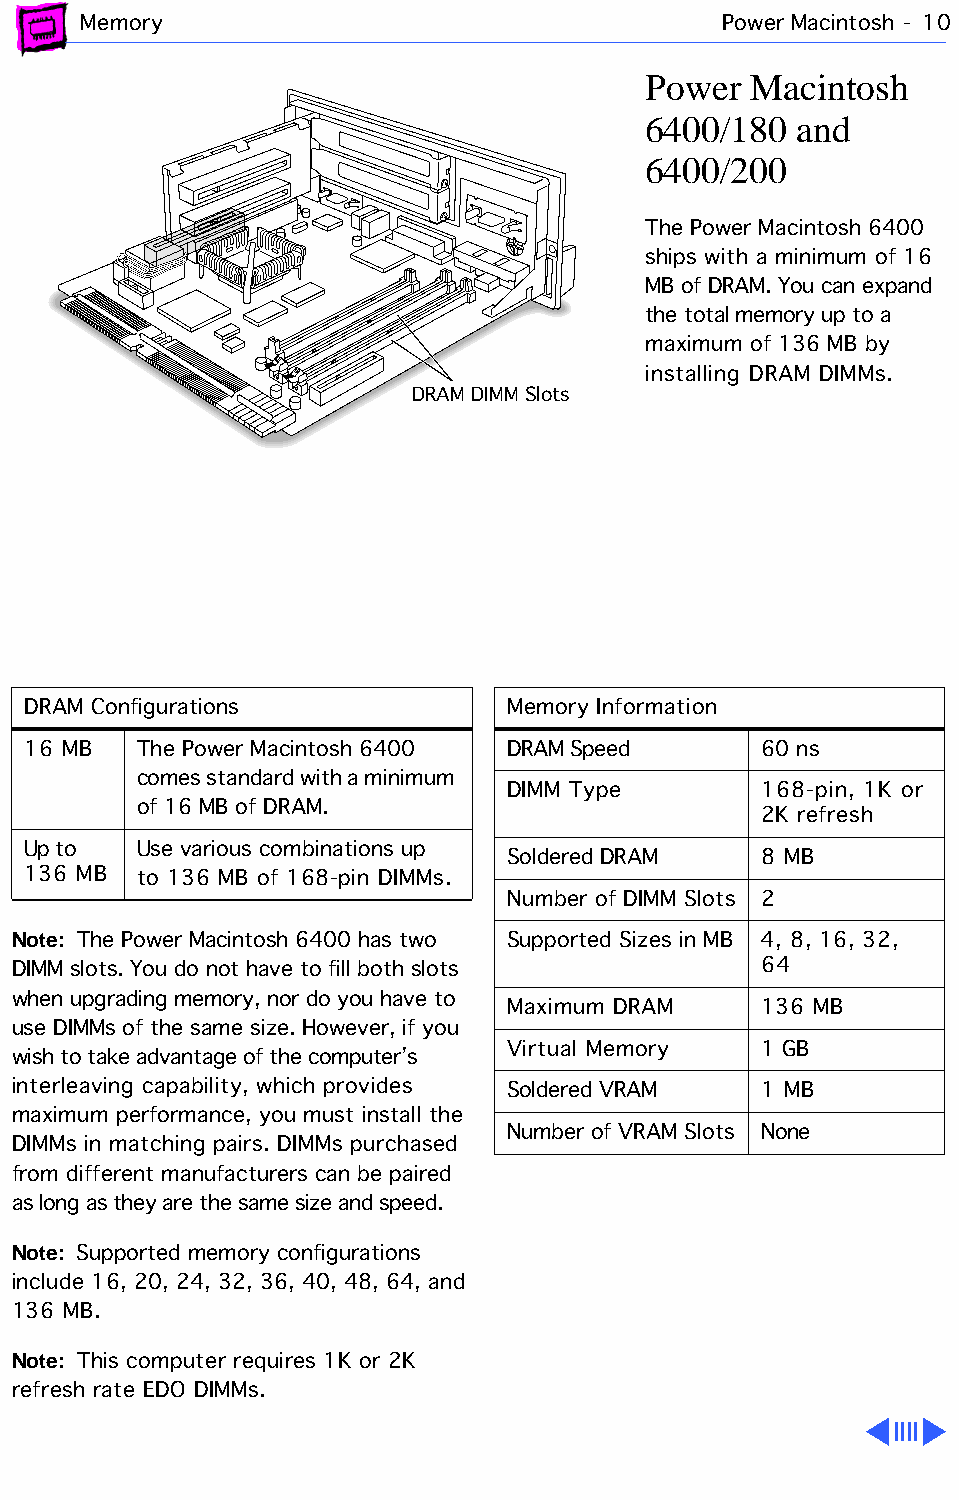
Memory                                    Power Macintosh - 10
 Power  Macintosh
 6400/180  and
 6400/200
 The Power Macintosh 6400
 ships with a minimum of 16
 MB of DRAM. You can expand
 the total memory up to a
 maximum of 136 MB by
 installing DRAM DIMMs.
 DRAM DIMM Slots
 DRAM Configurations             Memory Information
 16 MB   The Power Macintosh 6400 DRAM Speed      60 ns
 comes standard with a minimum
 DIMM Type        168-pin, 1K or
 of 16 MB of DRAM.
 2K refresh
 Up to   Use various combinations up
 Soldered DRAM    8 MB
 136 MB  to 136 MB of 168-pin DIMMs.
 Number of DIMM Slots 2
 Note: The Power Macintosh 6400 has two Supported Sizes in MB 4, 8, 16, 32,
 DIMM slots. You do not have to fill both slots    64
 when upgrading memory, nor do you have to
 Maximum DRAM     136 MB
 use DIMMs of the same size. However, if you
 Virtual Memory   1 GB
 wish to take advantage of the computer’s
 interleaving capability, which provides Soldered VRAM 1 MB
 maximum performance, you must install the
 Number of VRAM Slots None
 DIMMs in matching pairs. DIMMs purchased
 from different manufacturers can be paired
 as long as they are the same size and speed.
 Note: Supported memory configurations
 include 16, 20, 24, 32, 36, 40, 48, 64, and
 136 MB.
 Note: This computer requires 1K or 2K
 refresh rate EDO DIMMs.